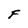
Character: F